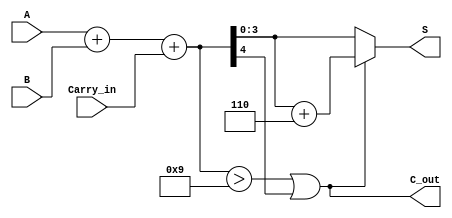
module BCD_Fast_Adder (
    input [3:0] A,        // First BCD digit
    input [3:0] B,        // Second BCD digit
    input Carry_in,       // Carry input from previous addition
    output reg [3:0] S,   // BCD sum output
    output reg C_out      // Carry output
);

    wire [4:0] Sum;       // 5-bit sum to accommodate carry
    wire correction_needed; // Flag for correction

    // Step 1: Perform binary addition
    assign Sum = A + B + Carry_in;

    // Step 2: Check if correction is needed
    assign correction_needed = (Sum > 9) || (Sum[4]);

    // Step 3: Calculate the corrected sum
    always @(*) begin
        if (correction_needed) begin
            // If correction is needed, add 6 (0110)
            S = Sum + 5'b00110; // 5'b00110 is the binary representation of 6
        end else begin
            S = Sum[3:0]; // No correction needed, take the lower 4 bits
        end

        // Step 4: Determine the carry output
        C_out = correction_needed;
    end

endmodule